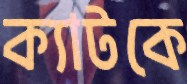
ক্যাটকে